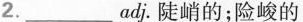
2. ___ adj.陡峭的;险峻的